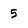
Character: 5